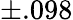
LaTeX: \pm.098